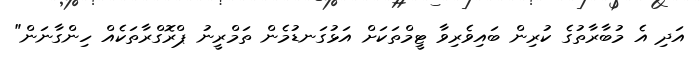
އަދި އެ މުބާރާތުގެ ކުރިން ބައިވެރިވާ ޓީމްތަކަށް އަޅުގަނޑުމެން ތަމްރީނު ޕްރޮގްރާތަކެއް ހިންގާނަން"